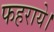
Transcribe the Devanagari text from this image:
फहराये।